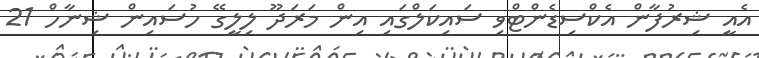
އެއީ ޝިރުފާން އެކްސިޑެންޓްވި ސައިކަލްގައި އިން މަރަދޫ ލިލީގޭ ހުސައިން ޝިނާހް 21